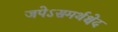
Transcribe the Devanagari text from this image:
जपेऽसमर्थश्चेद